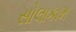
સોલાકામ